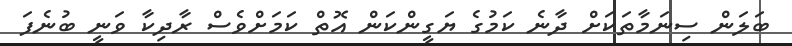
ބަލަން ސިނަމާތަކަށް ދާނެ ކަމުގެ ޔަގީންކަން އޮތް ކަމަށްވެސް ރާދިކާ ވަނީ ބުނެފަ